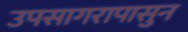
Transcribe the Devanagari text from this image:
उपसागरापासुन